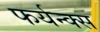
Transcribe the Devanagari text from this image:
फर्यन्क्स